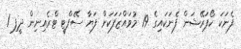
ފެނަކަ ކޯޕަރޭޝަން ފެނަކައިގެ 19 މުވައްޒަފަކަށް ފަޔާ ސޭފްޓީ ޓްރެއިނިން ދީފި 1